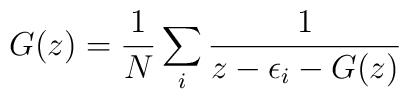
G(z) = {1\over N} \sum_i {1\over z-\epsilon_i - G(z)}